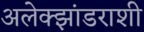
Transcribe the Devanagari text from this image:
अलेक्झांडराशी